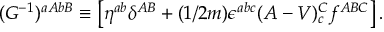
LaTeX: ( G ^ { - 1 } ) ^ { a A b B } \equiv \left[ \eta ^ { a b } \delta ^ { A B } + ( 1 / 2 m ) \epsilon ^ { a b c } ( A - V ) _ { c } ^ { C } f ^ { A B C } \right] .